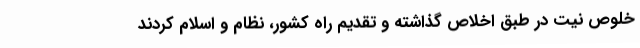
خلوص نیت در طبق اخلاص گذاشته و تقدیم راه کشور، نظام و اسلام کردند